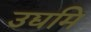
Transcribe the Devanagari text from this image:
उद्यमि